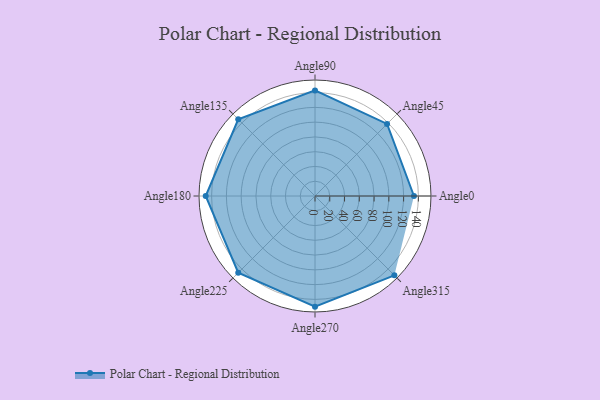
{"axis": {"x": "Angle", "y": "Radius"}, "legend": [""], "data": [{"x": "Angle0", "y": 134.0, "type": ""}, {"x": "Angle45", "y": 138.0, "type": ""}, {"x": "Angle90", "y": 143.0, "type": ""}, {"x": "Angle135", "y": 147.0, "type": ""}, {"x": "Angle180", "y": 148.0, "type": ""}, {"x": "Angle225", "y": 147.0, "type": ""}, {"x": "Angle270", "y": 150.0, "type": ""}, {"x": "Angle315", "y": 152.0, "type": ""}]}